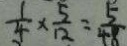
\frac { 1 } { 4 } \times \frac { 5 } { 1 2 } = \frac { 5 } { 4 8 }